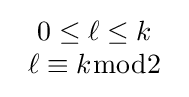
{\begin{array}{c}0\leq \ell \leq k\\\ell \equiv k{\bmod {2}}\end{array}}